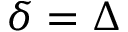
\delta = \Delta